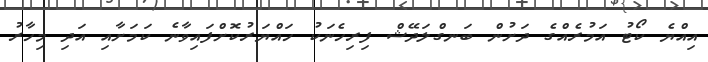
އިއްޔެ ކޯޓު އަމުރެއްގެ ދަށުން ބަނގްލަދޭޝް ފިރިހެނަކު ހައްޔަރުކޮށްފައިވާނެ ކަމަށާއި އަދި މިހާރު